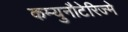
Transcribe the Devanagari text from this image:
कम्युनौटेरिज्मे